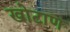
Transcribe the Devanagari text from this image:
खोटाण